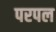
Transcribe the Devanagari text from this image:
परपल